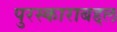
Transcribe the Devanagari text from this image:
पुरस्काराबद्दल